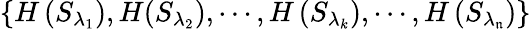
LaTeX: \left\{ {H}\left({{S}_{{\lambda}_{1}}}\right),{H}({{S}_{{\lambda}_{2}}}),\cdots,{H}\left({{S}_{{\lambda}_{k}}}\right),\cdots,{{H}}\left({{S}_{{\lambda}_{\mathfrak{n}}}}\right)\right\}